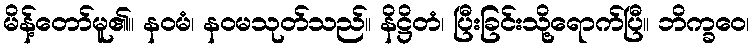
မိန့်တော်မူ၏။ နဝမံ၊ နဝမသုတ်သည်။ နိဋ္ဌိတံ၊ ပြီးခြင်းသို့ရောက်ပြီ။ ဘိက္ခဝေ၊